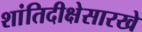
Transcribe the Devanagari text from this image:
शांतिदीक्षेसारखे